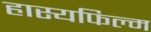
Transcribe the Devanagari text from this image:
हास्यफिल्म